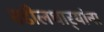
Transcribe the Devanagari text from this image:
वडीलधार्‍यांना